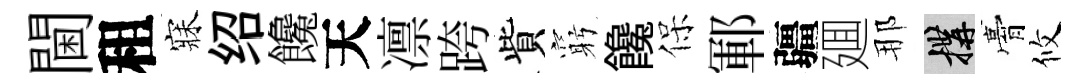
閫租寐绍饞天凛跨貲窮饞保鄆疆廽那構膏攸